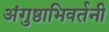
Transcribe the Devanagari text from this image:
अंगुष्ठाभिवर्तनी